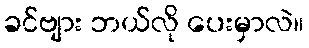
ခင်ဗျား ဘယ်လို ပေးမှာလဲ။